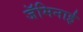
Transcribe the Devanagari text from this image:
जॅमिनाई